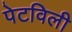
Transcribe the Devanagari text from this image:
पेटविली